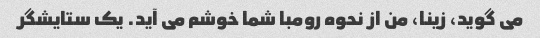
می گوید، زینا، من از نحوه رومبا شما خوشم می آید. یک ستایشگر